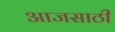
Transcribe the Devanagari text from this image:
आजसाठी